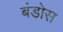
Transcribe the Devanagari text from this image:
बंडोस